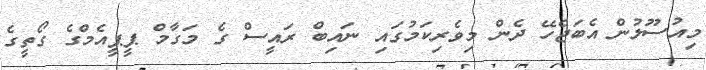
މިއުސޫލުން އެބަޖެހޭ ދެން މިވެރިކަމުގައި ނައިބް ރައީސް ގެ މަގާމް ޕީޕީއެމްގެ ގޯތީގެ